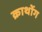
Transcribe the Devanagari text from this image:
क्राथोंग